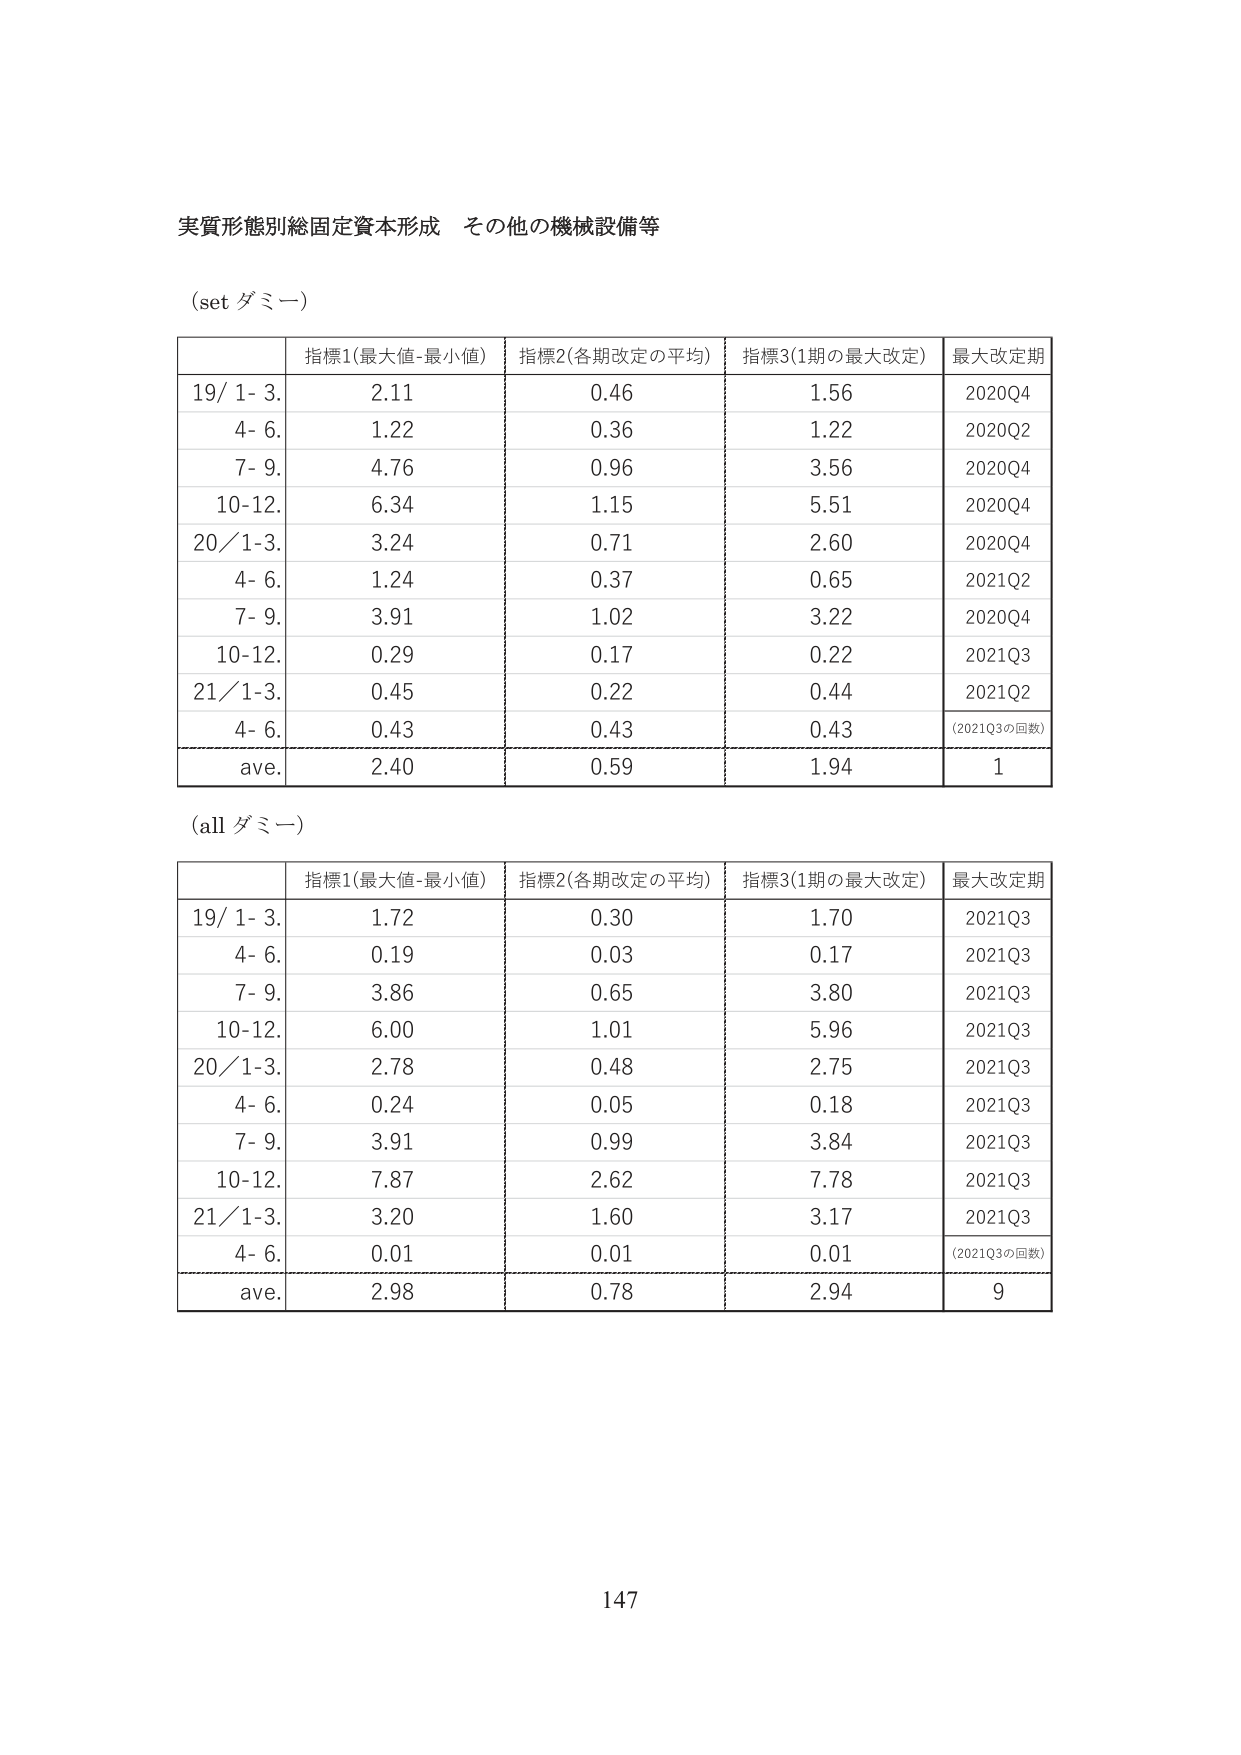
実質形態別総固定資本形成 その他の機械設備等

(set ダミー)

指標1(最大値-最小値) 指標2(各期改定の平均) 指標3(1期の最大改定) 最大改定期
19/ 1- 3. 2.11 0.46 1.56 2020Q4
4- 6. 1.22 0.36 1.22 2020Q2
7- 9. 4.76 0.96 3.56 2020Q4
10-12. 6.34 1.15 5.51 2020Q4
20/1-3. 3.24 0.71 2.60 2020Q4
4- 6. 1.24 0.37 0.65 2021Q2
7- 9. 3.91 1.02 3.22 2020Q4
10-12. 0.29 0.17 0.22 2021Q3
21/1-3. 0.45 0.22 0.44 2021Q2
4- 6. 0.43 0.43 0.43 (2021Q3の回数)
ave. 2.40 0.59 1.94 1

(all ダミー)

指標1(最大値-最小値) 指標2(各期改定の平均) 指標3(1期の最大改定) 最大改定期
19/ 1- 3. 1.72 0.30 1.70 2021Q3
4- 6. 0.19 0.03 0.17 2021Q3
7- 9. 3.86 0.65 3.80 2021Q3
10-12. 6.00 1.01 5.96 2021Q3
20/1-3. 2.78 0.48 2.75 2021Q3
4- 6. 0.24 0.05 0.18 2021Q3
7- 9. 3.91 0.99 3.84 2021Q3
10-12. 7.87 2.62 7.78 2021Q3
21/1-3. 3.20 1.60 3.17 2021Q3
4- 6. 0.01 0.01 0.01 (2021Q3の回数)
ave. 2.98 0.78 2.94 9

147